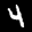
Label: 4